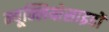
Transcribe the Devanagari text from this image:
न्यूक्लियोसाइडों